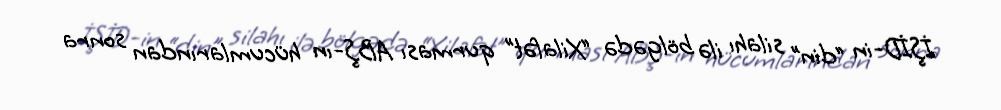
İŞİD-in “din” silahı ilə bölgədə “Xilafət” qurması ABŞ-ın hücumlarından sonra